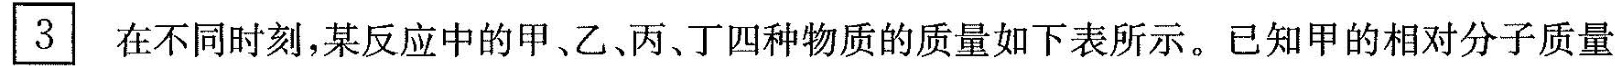
\boxed{3} 在不同时刻，某反应中的甲、乙、丙、丁四种物质的质量如下表所示。已知甲的相对分子质量